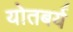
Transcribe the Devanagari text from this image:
योतबर्य